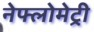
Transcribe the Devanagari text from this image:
नेफ्लोमेट्री